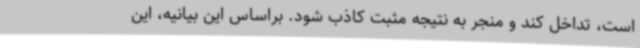
است، تداخل کند و منجر به نتیجه مثبت کاذب شود. براساس این بیانیه، این